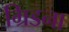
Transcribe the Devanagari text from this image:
ग्रिडना